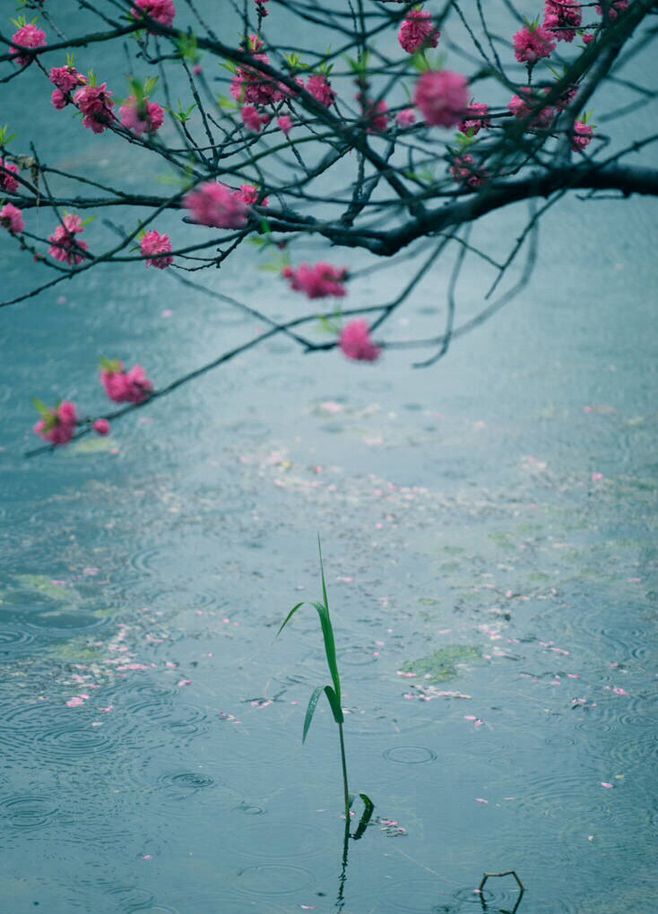
啼莺舞燕，小桥流水飞红。